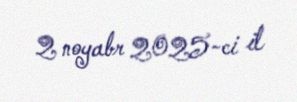
2 noyabr 2025-ci il